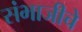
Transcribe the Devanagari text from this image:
संभाजीचे